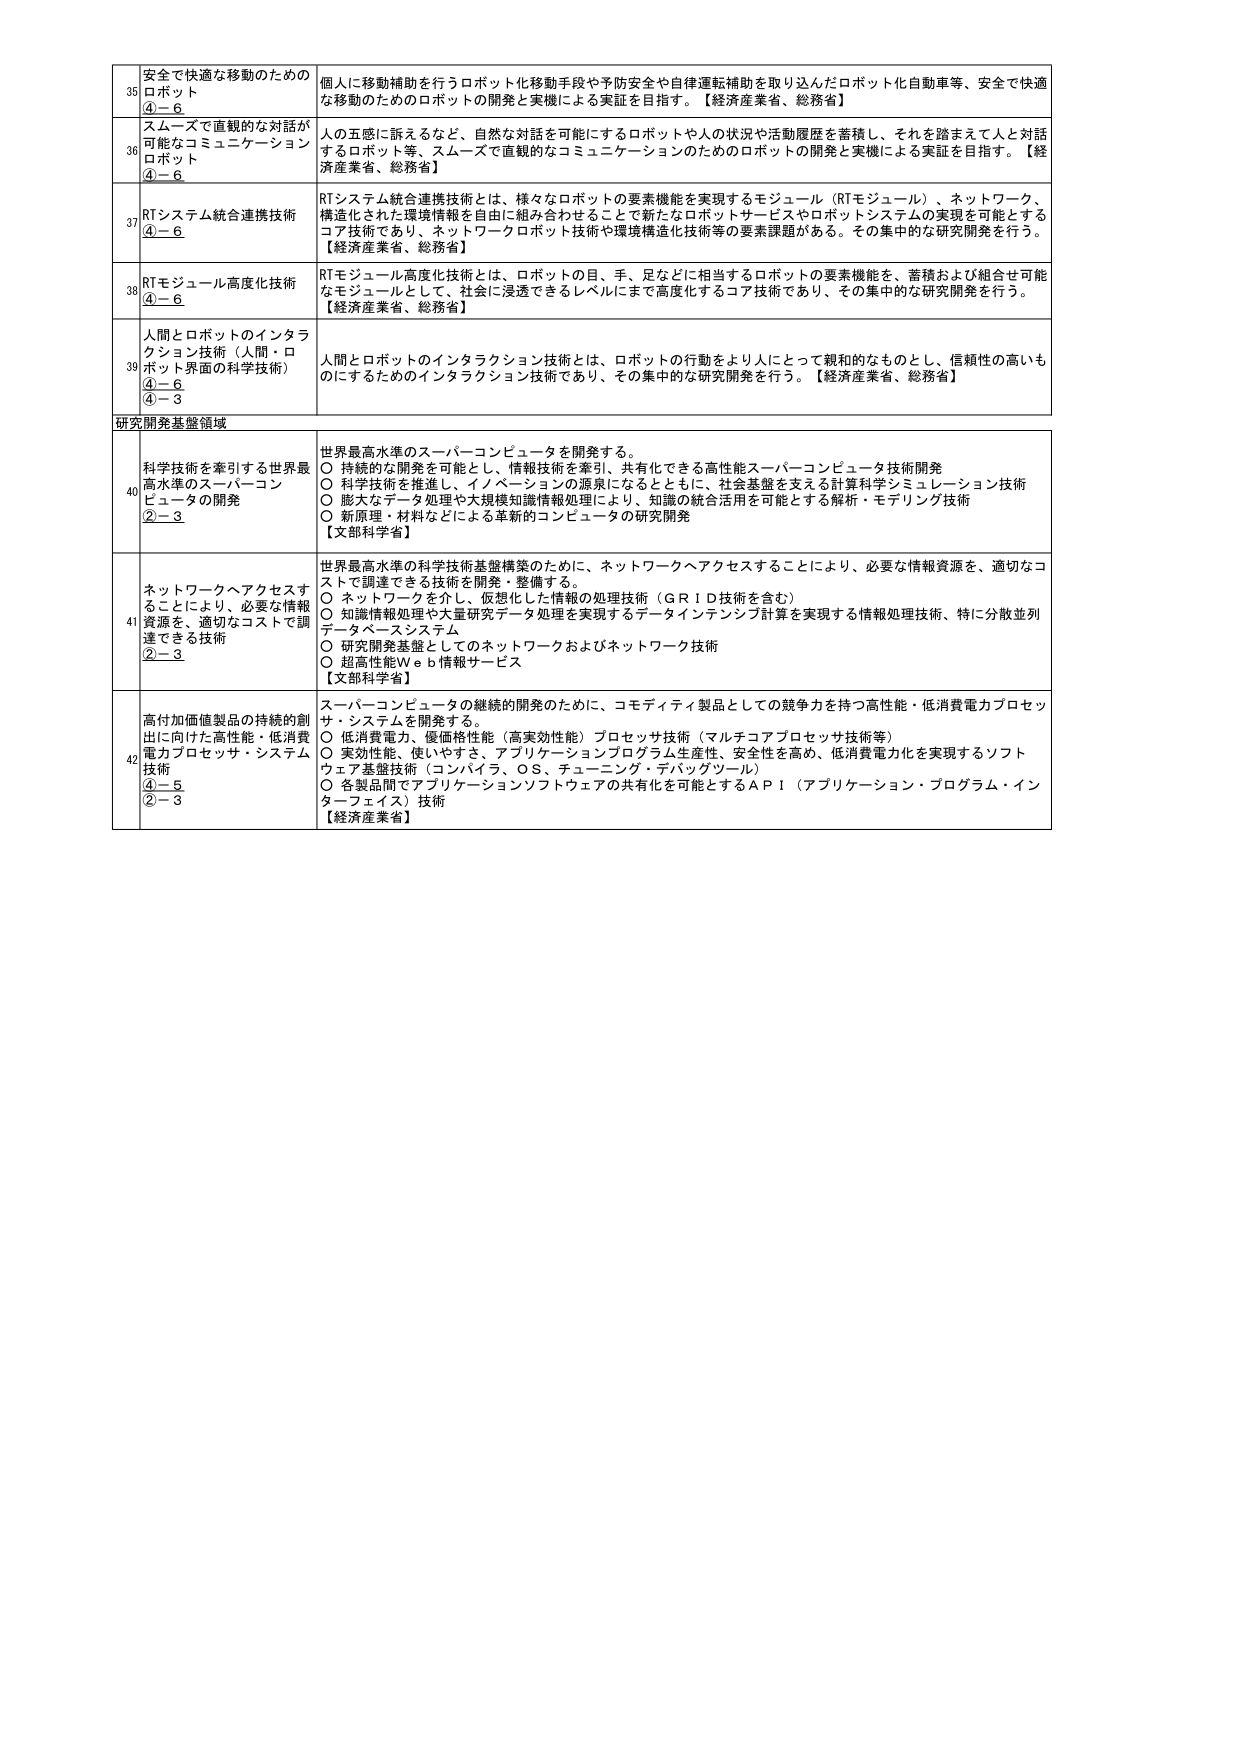
35 安全で快適な移動のためのロボット ④－6 個人に移動補助を行うロボット化移動手段や予防安全や自律運転補助を取り込んだロボット化自動車等、安全で快適な移動のためのロボットの開発と実機による実証を目指す。【経済産業省、総務省】

36 スムーズで直観的な対話が可能なコミュニケーションロボット ④－6 人の五感に訴えるなど、自然な対話を可能にするロボットや人の状況や活動履歴を蓄積し、それを踏まえて人と対話するロボット等、スムーズで直観的なコミュニケーションのためのロボットの開発と実機による実証を目指す。【経済産業省、総務省】

37 RTシステム統合連携技術 ④－6 RTシステム統合連携技術とは、様々なロボットの要素機能を実現するモジュール（RTモジュール）、ネットワーク、構造化された環境情報を自由に組み合わせることで新たなロボットサービスやロボットシステムの実現を可能とするコア技術であり、ネットワークロボット技術や環境構造化技術等の要素課題がある。その集中的な研究開発を行う。【経済産業省、総務省】

38 RTモジュール高度化技術 ④－6 RTモジュール高度化技術とは、ロボットの目、手、足などに相当するロボットの要素機能を、蓄積および組合せ可能なモジュールとして、社会に浸透できるレベルにまで高度化するコア技術であり、その集中的な研究開発を行う。【経済産業省、総務省】

39 人間とロボットのインタラクション技術（人間・ロボット界面の科学技術） ④－6 ④－3 人間とロボットのインタラクション技術とは、ロボットの行動をより人にとって親和的なものとし、信頼性の高いものにするためのインタラクション技術であり、その集中的な研究開発を行う。【経済産業省、総務省】

研究開発基盤領域

40 科学技術を牽引する世界最高水準のスーパーコンピュータの開発 ②－3 世界最高水準のスーパーコンピュータを開発する。 ○ 持続的な開発を可能とし、情報技術を牽引、共有化できる高性能スーパーコンピュータ技術開発 ○ 科学技術を推進し、イノベーションの源泉になるとともに、社会基盤を支える計算科学シミュレーション技術 ○ 膨大なデータ処理や大規模知識情報処理により、知識の統合活用を可能とする解析・モデリング技術 ○ 新原理・材料などによる革新的コンピュータの研究開発 【文部科学省】

41 ネットワークへアクセスすることにより、必要な情報資源を、適切なコストで調達できる技術 ②－3 世界最高水準の科学技術基盤構築のために、ネットワークへアクセスすることにより、必要な情報資源を、適切なコストで調達できる技術を開発・整備する。 ○ ネットワークを介し、仮想化した情報の処理技術（ＧＲＩＤ技術を含む） ○ 知識情報処理や大量研究データ処理を実現するデータインテンシブ計算を実現する情報処理技術、特に分散並列データベースシステム ○ 研究開発基盤としてのネットワークおよびネットワーク技術 ○ 超高性能Ｗｅｂ情報サービス 【文部科学省】

42 高付加価値製品の持続的創出に向けた高性能・低消費電力プロセッサ・システム技術 ④－5 ②－3 スーパーコンピュータの継続的開発のために、コモディティ製品としての競争力を持つ高性能・低消費電力プロセッサ・システムを開発する。 ○ 低消費電力、優価格性能（高実効性能）プロセッサ技術（マルチコアプロセッサ技術等） ○ 実効性能、使いやすさ、アプリケーションプログラム生産性、安全性を高め、低消費電力化を実現するソフトウェア基盤技術（コンパイラ、ＯＳ、チューニング・デバッグツール） ○ 各製品間でアプリケーションソフトウェアの共有化を可能とするＡＰＩ（アプリケーション・プログラム・インターフェイス）技術 【経済産業省】